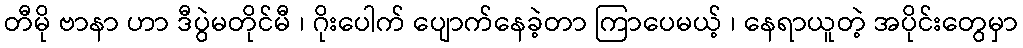
တီမို ဗာနာ ဟာ ဒီပွဲမတိုင်မီ ၊ ဂိုးပေါက် ပျောက်နေခဲ့တာ ကြာပေမယ့် ၊ နေရာယူတဲ့ အပိုင်းတွေမှာ